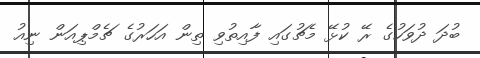
ބުދަ ދުވަހުގެ ރޭ ކުޅޭ މެޗުގައި ފާއިތުވި ތިން އަހަރުގެ ޗެމްޕިއަން ނިއު